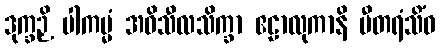
ဒုက္ခဉှိ ပါကမ္မံ အဓိသီလသိက္ခာ ဧဠာလုကာနိ ပီတရံသိံဝ